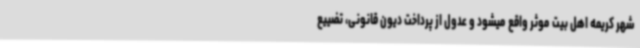
شهر کریمه اهل بیت موثر واقع میشود و عدول از پرداخت دیون قانونی، تضییع